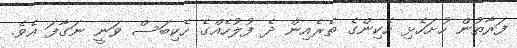
ފަރާތުން ހުށަހެޅި ހެކިންގެ ތެރެއިން ދެ ފުލުހެއްގެ ހެކިބަސް ވަނީ ނަގާފަ އެވެ.